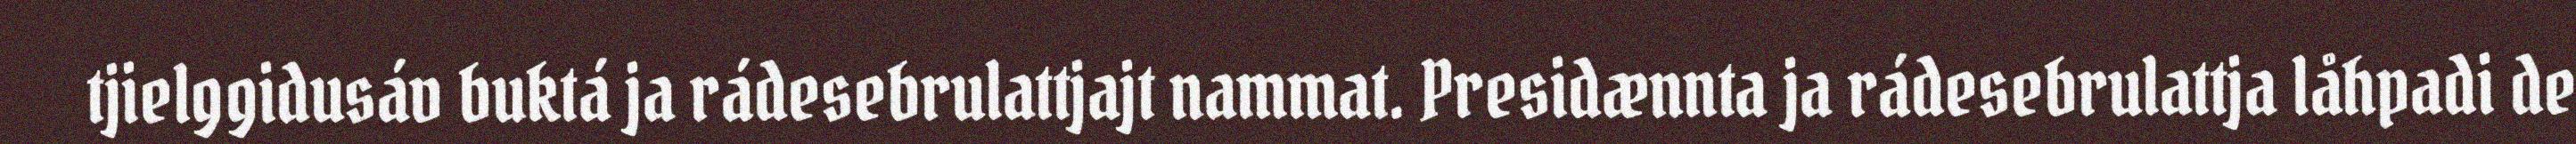
tjielggidusáv buktá ja rádesebrulattjajt nammat. Presidænnta ja rádesebrulattja låhpadi de